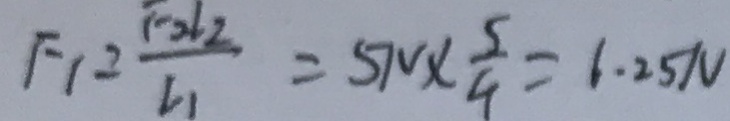
F _ { 1 } = \frac { F _ { 2 } l _ { 2 } } { l _ { 1 } } = 5 N \times \frac { 5 } { 4 } = 6 . 2 5 N